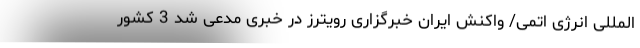
المللی انرژی اتمی/ واکنش ایران خبرگزاری رویترز در خبری مدعی شد 3 کشور